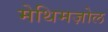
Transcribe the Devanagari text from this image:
मेथिमज़ोल